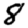
Digit: 8